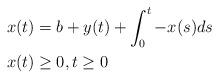
LaTeX: \begin{align*}x(t) &= b + y(t) + \int_0^t-x(s)ds \\x(t) &\ge 0, t \ge 0 \end{align*}